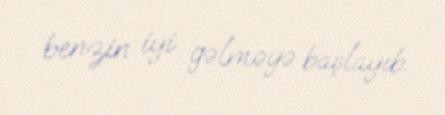
benzin iyi gəlməyə başlayıb.